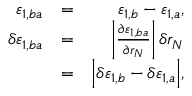
\begin{array} { r l r } { \varepsilon _ { 1 , b a } } & { = } & { \varepsilon _ { 1 , b } - \varepsilon _ { 1 , a } , } \\ { \delta \varepsilon _ { 1 , b a } } & { = } & { \bigg | \frac { \partial \varepsilon _ { 1 , b a } } { \partial r _ { N } } \bigg | \, \delta r _ { N } } \\ & { = } & { \Big | \delta \varepsilon _ { 1 , b } - \delta \varepsilon _ { 1 , a } \Big | , } \end{array}